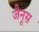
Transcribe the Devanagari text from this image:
जैनूस